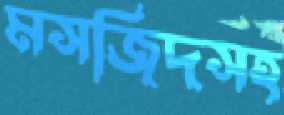
মসজিদসহ